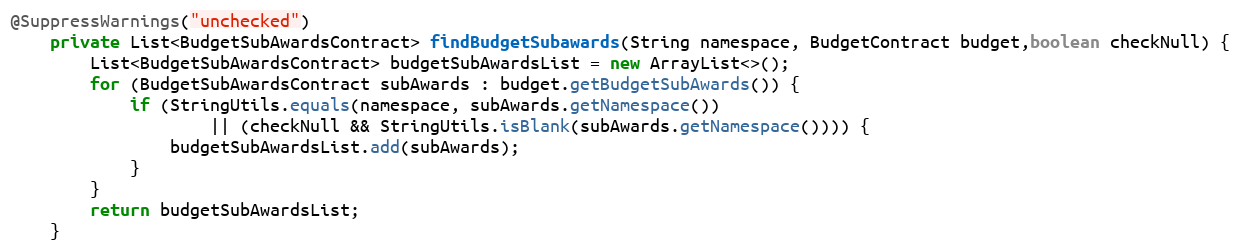
Language: Java
@SuppressWarnings("unchecked")
    private List<BudgetSubAwardsContract> findBudgetSubawards(String namespace, BudgetContract budget,boolean checkNull) {
        List<BudgetSubAwardsContract> budgetSubAwardsList = new ArrayList<>();
        for (BudgetSubAwardsContract subAwards : budget.getBudgetSubAwards()) {
        	if (StringUtils.equals(namespace, subAwards.getNamespace())
        			|| (checkNull && StringUtils.isBlank(subAwards.getNamespace()))) {
        		budgetSubAwardsList.add(subAwards);
        	}
        }
        return budgetSubAwardsList;
    }